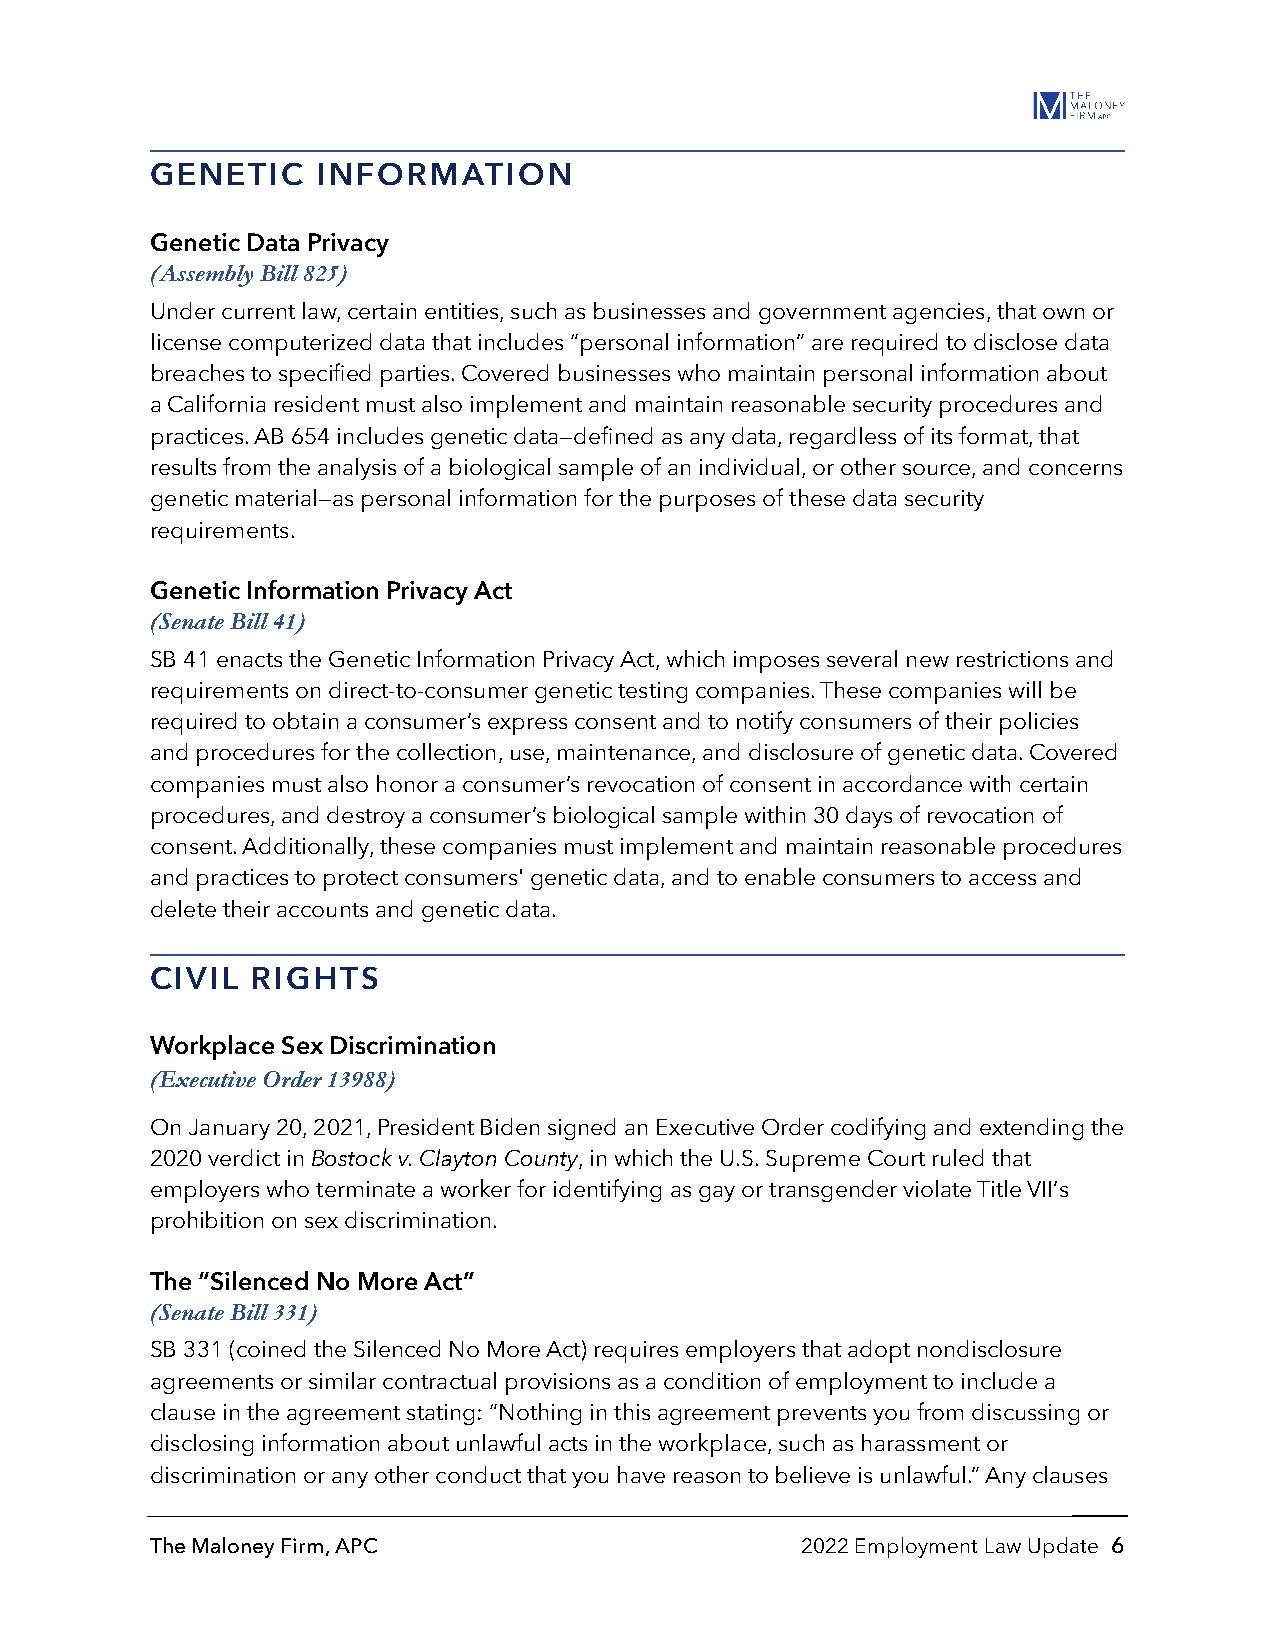
GENETIC    INFORMATION
 Genetic Data Privacy
 (Assembly Bill 825)
 Under current law, certain entities, such as businesses and government agencies, that own or
 license computerized data that includes “personal information” are required to disclose data
 breaches to specified parties. Covered businesses who maintain personal information about
 a California resident must also implement and maintain reasonable security procedures and
 practices. AB 654 includes genetic data—defined as any data, regardless of its format, that
 results from the analysis of a biological sample of an individual, or other source, and concerns
 genetic material—as personal information for the purposes of these data security
 requirements.
 Genetic Information Privacy Act
 (Senate Bill 41)
 SB 41 enacts the Genetic Information Privacy Act, which imposes several new restrictions and
 requirements on direct-to-consumer genetic testing companies. These companies will be
 required to obtain a consumer’s express consent and to notify consumers of their policies
 and procedures for the collection, use, maintenance, and disclosure of genetic data. Covered
 companies must also honor a consumer’s revocation of consent in accordance with certain
 procedures, and destroy a consumer’s biological sample within 30 days of revocation of
 consent. Additionally, these companies must implement and maintain reasonable procedures
 and practices to protect consumers' genetic data, and to enable consumers to access and
 delete their accounts and genetic data.
 CIVIL  RIGHTS
 Workplace Sex Discrimination
 (Executive Order 13988)
 On January 20, 2021, President Biden signed an Executive Order codifying and extending the
 2020 verdict in Bostock v. Clayton County, in which the U.S. Supreme Court ruled that
 employers who terminate a worker for identifying as gay or transgender violate Title VII’s
 prohibition on sex discrimination.
 The “Silenced No More Act”
 (Senate Bill 331)
 SB 331 (coined the Silenced No More Act) requires employers that adopt nondisclosure
 agreements or similar contractual provisions as a condition of employment to include a
 clause in the agreement stating: “Nothing in this agreement prevents you from discussing or
 disclosing information about unlawful acts in the workplace, such as harassment or
 discrimination or any other conduct that you have reason to believe is unlawful.” Any clauses
 The Maloney Firm, APC                      2022 Employment Law Update 6